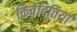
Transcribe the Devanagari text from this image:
किवंदितियां